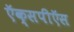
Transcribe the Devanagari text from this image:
ऍक्सपीऍस